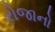
રોજાનો